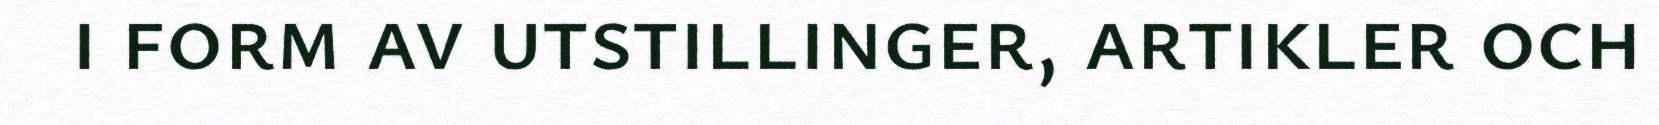
i form av utstillinger, artikler och